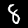
Digit: 8